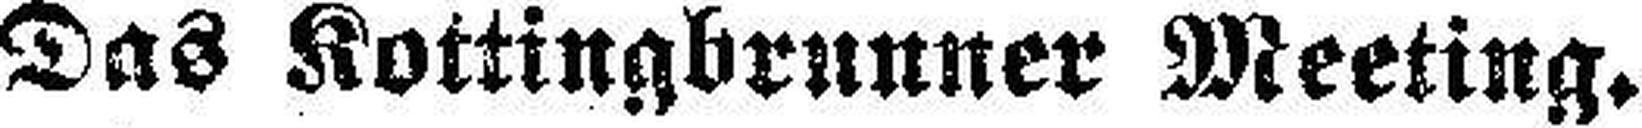
Das Kottingbrunner Meeting.